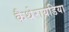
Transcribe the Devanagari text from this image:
कैथेरायडिया